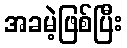
အခမဲ့ဖြစ်ပြီး